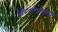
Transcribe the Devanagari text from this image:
तिरुप्परमकुनरम